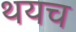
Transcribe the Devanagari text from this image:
थयच